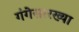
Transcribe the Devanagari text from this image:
गंगेसारख्या